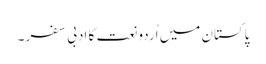
پاکستان میں اُردو نعت کا ادبی سفر ۔